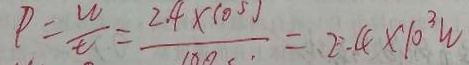
P = \frac { w } { t } = \frac { 2 4 \times 1 0 5 j } { 1 8 0 } = 2 . 4 \times 1 0 ^ { 3 } w